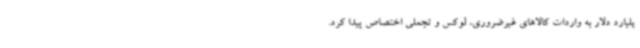
یلیارد دلار به واردات کالاهای غیرضروری، لوکس و تجملی اختصاص پیدا کرد.